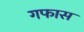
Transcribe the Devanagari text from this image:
गफास